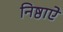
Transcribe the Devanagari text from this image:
निष्ठाऐ